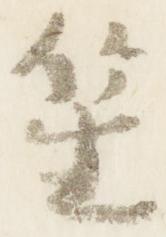
笙